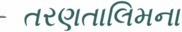
તરણતાલિમના